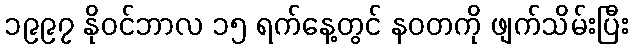
၁၉၉၇ နိုဝင်ဘာလ ၁၅ ရက်နေ့တွင် နဝတကို ဖျက်သိမ်းပြီး